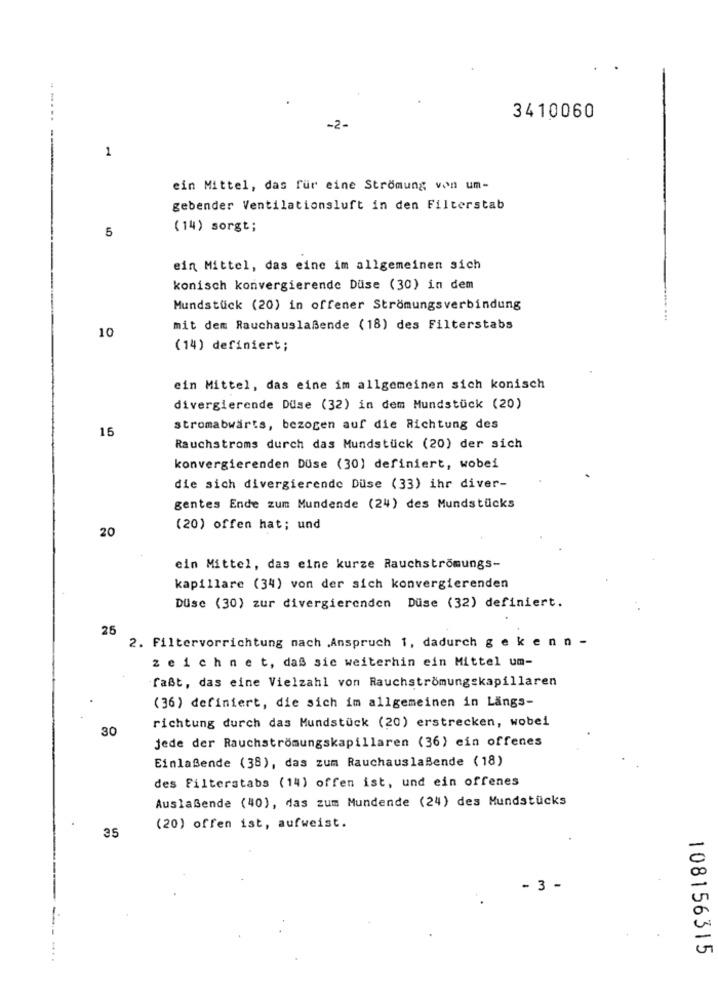
3410060
1
-------
ein Mittel, das für eine Strömung von um-
gebender Ventilationsluft in den Filterstab
5
(14) sorgt;
ein Mittel, das eine im allgemeinen sich
konisch konvergierende Düse (30) in dem
Mundstück (20) in offener Strömungsverbindung
10
mit dem Rauchauslaßende (18) des Filterstabs
(14) definiert;
ein Mittel, das eine im allgemeinen sich konisch
divergierende Duse (32) in dem Mundstück (20)
15
stromabwärts, bezogen auf die Richtung des
Rauchstroms durch das Mundstück (20) der sich
konvergierenden Düse (30) definiert, wobei
die sich divergierende Düse (33) ihr diver-
gentes Ende zum Mundende (24) des Mundstücks
20
(20) offen hat; und
ein Mittel, das eine kurze Rauchströmungs-
kapillare (34) von der sich konvergierenden
DUse (30) zur divergierenden Düse (32) definiert.
25
2. Filtervorrichtung nach ,Anspruch 1, dadurch g e k en n.
zeichnet, daß sic weiterhin ein Mittel um-
faßt, das eine Vielzahl von Rauchströmungskapillaren
(36) definiert, die sich im allgemeinen in Längs-
richtung durch das Mundstück (20) erstrecken, wobei
30
jede der Rauchströmungskapillaren (36) ein offenes
Einlaßende (38), das zum Rauchauslaßende (18)
des Filterstabs (14) offen ist, und ein offenes
Auslaßende (40), das zum Mundende (24) des Mundstücks
(20) offen ist, aufweist.
35
- 3 -
108156315